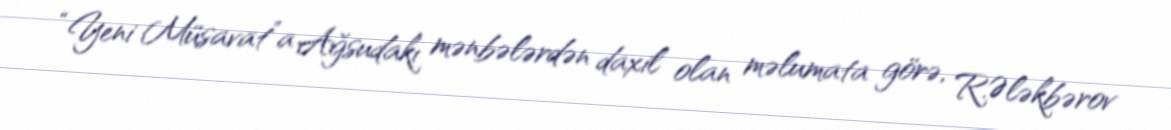
“Yeni Müsavat”a Ağsudakı mənbələrdən daxil olan məlumata görə, R.Ələkbərov